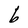
Character: b